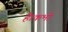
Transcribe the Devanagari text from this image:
है।कभी